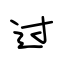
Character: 过